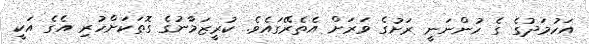
އަހުމަދުގެ ގެ ހުންނަނީ ރަށުގެ ވަރަށް އެތެރޭގައެވެ. ކުރީޒަމާނުގެ ގޮތަކަށްހުރި އެގެ އަކީ